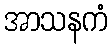
အာသနကံ